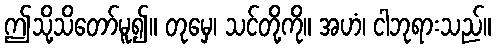
ဤသို့သိတော်မူ၍။ တုမှေ၊ သင်တို့ကို။ အဟံ၊ ငါဘုရားသည်။